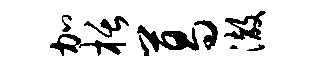
加栝葛澈